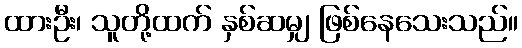
ထားဦး၊ သူတို့ထက် နှစ်ဆမျှ ဖြစ်နေသေးသည်။